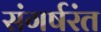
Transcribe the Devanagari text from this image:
संगर्षरंत